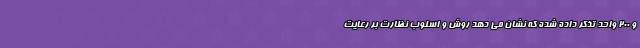
و ۲۰۰ واحد تذکر داده شده که نشان می دهد روش و اسلوب نظارت بر رعایت